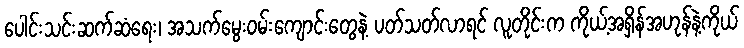
ပေါင်းသင်းဆက်ဆံရေး၊ အသက်မွေးဝမ်းကျောင်းတွေနဲ့ ပတ်သတ်လာရင် လူတိုင်းက ကိုယ့်အရှိန်အဟုန်နဲ့ကိုယ်